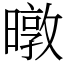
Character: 暾